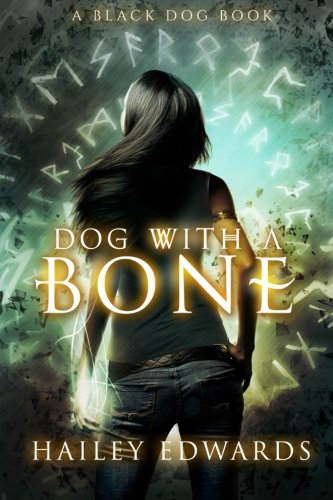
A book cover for Dog with a Bone (Black Dog); Hailey Edwards; Science Fiction & Fantasy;